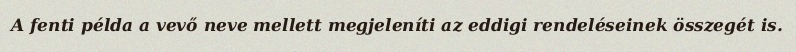
A fenti példa a vevő neve mellett megjeleníti az eddigi rendeléseinek összegét is.